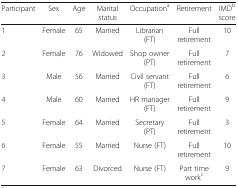
<table><thead><tr><td><b>Participant</b></td><td><b>Sex</b></td><td><b>Age</b></td><td><b>Marital status</b></td><td><b>Occupation<sup>a</sup></b></td><td><b>Retirement</b></td><td><b>IMD<sup>b</sup> score</b></td></tr></thead><tbody><tr><td>1</td><td>Female</td><td>65</td><td>Married</td><td>Librarian (FT)</td><td>Full retirement</td><td>10</td></tr><tr><td>2</td><td>Female</td><td>76</td><td>Widowed</td><td>Shop owner (PT)</td><td>Full retirement</td><td>7</td></tr><tr><td>3</td><td>Male</td><td>56</td><td>Married</td><td>Civil servant (FT)</td><td>Full retirement</td><td>6</td></tr><tr><td>4</td><td>Male</td><td>60</td><td>Married</td><td>HR manager (FT)</td><td>Full retirement</td><td>9</td></tr><tr><td>5</td><td>Female</td><td>64</td><td>Married</td><td>Secretary (PT)</td><td>Full retirement</td><td>3</td></tr><tr><td>6</td><td>Female</td><td>55</td><td>Married</td><td>Nurse (FT)</td><td>Full retirement</td><td>10</td></tr><tr><td>7</td><td>Female</td><td>63</td><td>Divorced</td><td>Nurse (FT)</td><td>Part time work<sup>c</sup></td><td>9</td></tr></tbody></table>